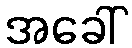
အခေါ်